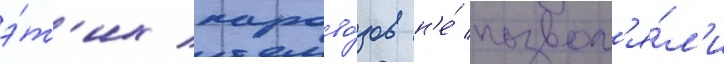
э́т'их парово́зов н'е́ позвол'я́л'и